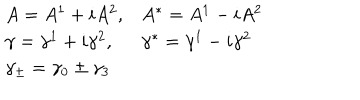
\begin{array} { l l } { { A = A ^ { 1 } + i A ^ { 2 } , } } & { { A ^ { * } = A ^ { 1 } - i A ^ { 2 } } } \\ { { \gamma = \gamma ^ { 1 } + i \gamma ^ { 2 } , } } & { { \gamma ^ { * } = \gamma ^ { 1 } - i \gamma ^ { 2 } } } \\ { { \gamma _ { \pm } = \gamma _ { 0 } \pm \gamma _ { 3 } } } & { { } } \\ \end{array}